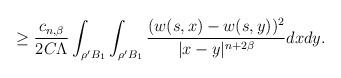
LaTeX: \begin{align*} \geq \frac{c_{n,\beta}}{2C\Lambda}\int_{\rho' B_{1}}\int_{\rho' B_{1}}\frac{(w(s,x)-w(s,y))^{2}}{|x-y|^{n+2\beta}}dxdy.\end{align*}